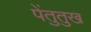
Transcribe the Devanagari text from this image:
पेंतुतुख